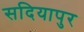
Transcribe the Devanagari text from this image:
सदियापुर